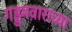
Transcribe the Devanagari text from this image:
गड्डमवाराच्या